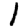
Digit: 1